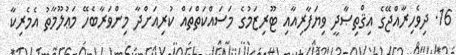
16. ދިވެހިރާއްޖޭގެ އިޤްތިޞާދީ ވިޔަފާރިއާއި ޓޫރިޒަމުގެ މަސައްކަތްތައް ކުރިއަށްދާ މިންވަރާބެހޭ މަޢުލޫމާތު އެމެރިކާ